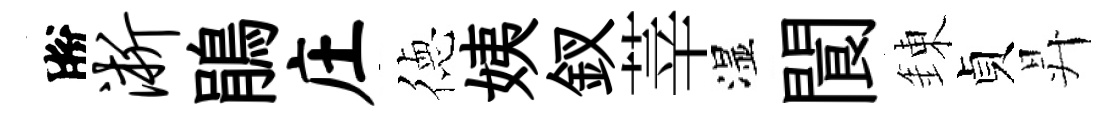
脫淅鵑庄徳姨釵莘湿閬錬貞昇